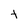
Character: t